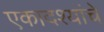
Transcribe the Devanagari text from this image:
एकादश्यांचे